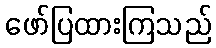
ဖော်ပြထားကြသည်